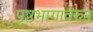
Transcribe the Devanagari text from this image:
पृष्ठभागावरुन